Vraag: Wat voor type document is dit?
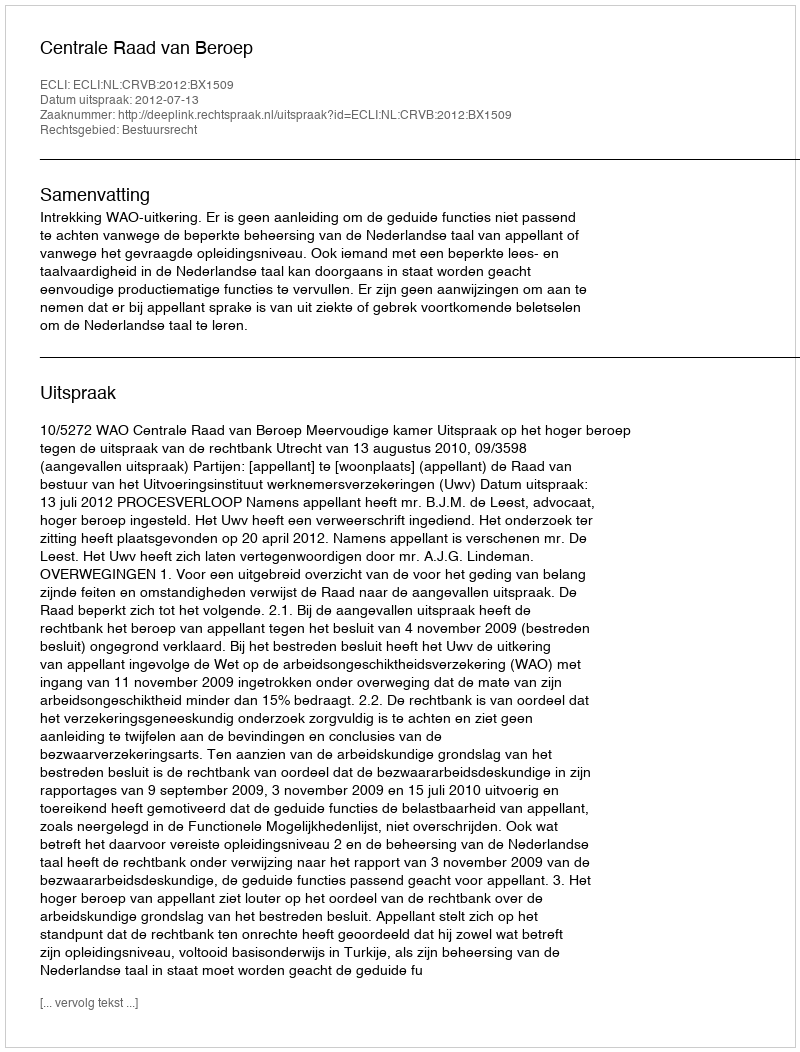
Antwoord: Uitspraak